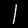
Digit: 1